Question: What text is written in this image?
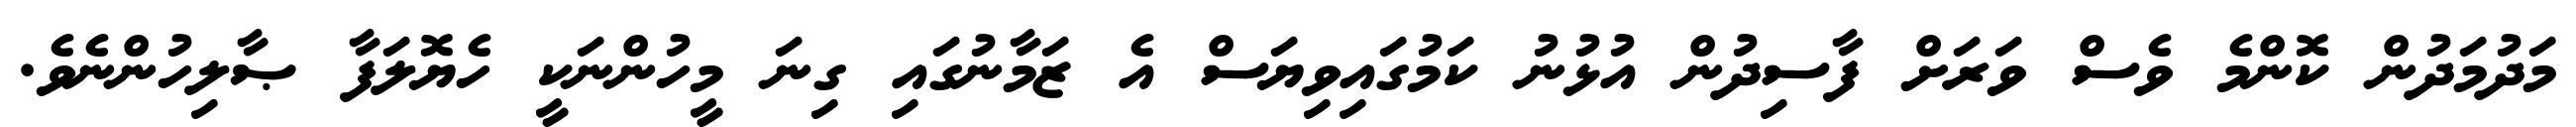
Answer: މަދުމަދުން ކޮންމެ ވެސް ވަރަށް ފާސިދުން އުޅުނު ކަމުގައިވިޔަސް އެ ޒަމާނުގައި ގިނަ މީހުންނަކީ ހެޔޮލަފާ ޞާލިހުންނެވެ.